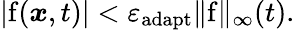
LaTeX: \lvert\mathrm{f}(\boldsymbol{x},t)\rvert<\varepsilon_{\mathrm{adapt}}\lVert\mathrm{f}\rVert_{\infty}(t).